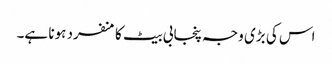
اس کی بڑی وجہ پنجابی بیٹ کا منفرد ہونا ہے۔